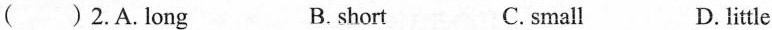
() 2.A.Long B. short C.small D. little